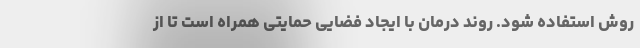
روش استفاده شود. روند درمان با ایجاد فضایی حمایتی همراه است تا از